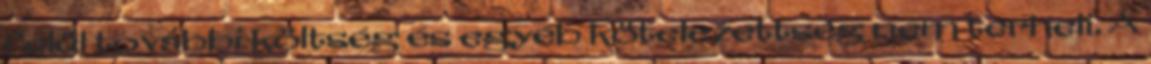
felül további költség és egyéb kötelezettség nem terheli. A